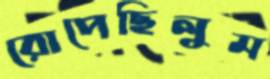
রোপেছিলুম